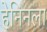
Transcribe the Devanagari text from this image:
हेनिनला